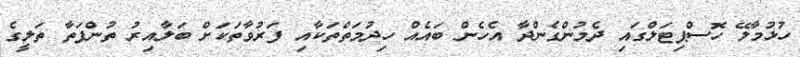
ހުޅުމާލޭ ހޮސްޕިޓަލްގައި ދެމުންގެންދާ އެހެން ބައެއް ހިދުމަތްތަކާއި ފަރުވާތަކަށް ބަލާއިރު ތުންފަތާ ތަލީގެ